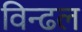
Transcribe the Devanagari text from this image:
विन्ढल